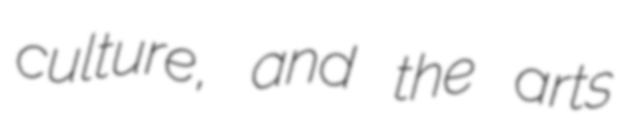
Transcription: culture, and the arts